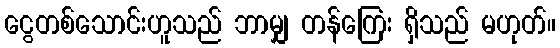
ငွေတစ်သောင်းဟူသည် ဘာမျှ တန်ကြေး ရှိသည် မဟုတ်။